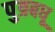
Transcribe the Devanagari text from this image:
पुत्रबधू